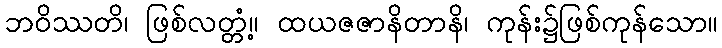
ဘဝိဿတိ၊ ဖြစ်လတ္တံ့။ ထယဇဇာနိတာနိ၊ ကုန်း၌ဖြစ်ကုန်သော။